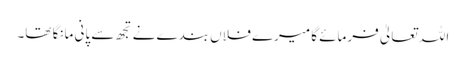
اللہ تعالیٰ فرمائے گا میرے فلاں بندے نے تجھ سے پانی مانگا تھا۔